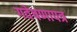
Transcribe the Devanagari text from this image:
गवेषणापत्र